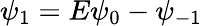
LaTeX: \psi_{1}=E\psi_{0}-\psi_{-1}